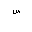
Letter: _sin